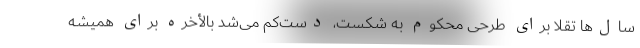
سال‌ها تقلا برای طرحی محکوم به شکست، دست‌کم می‌شد بالأخره برای همیشه